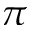
\pi